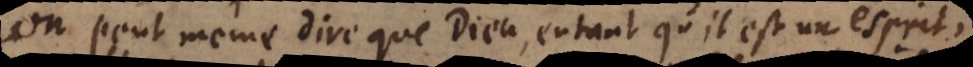
On peut même dire que Dieu, entant qu’il est un esprit,